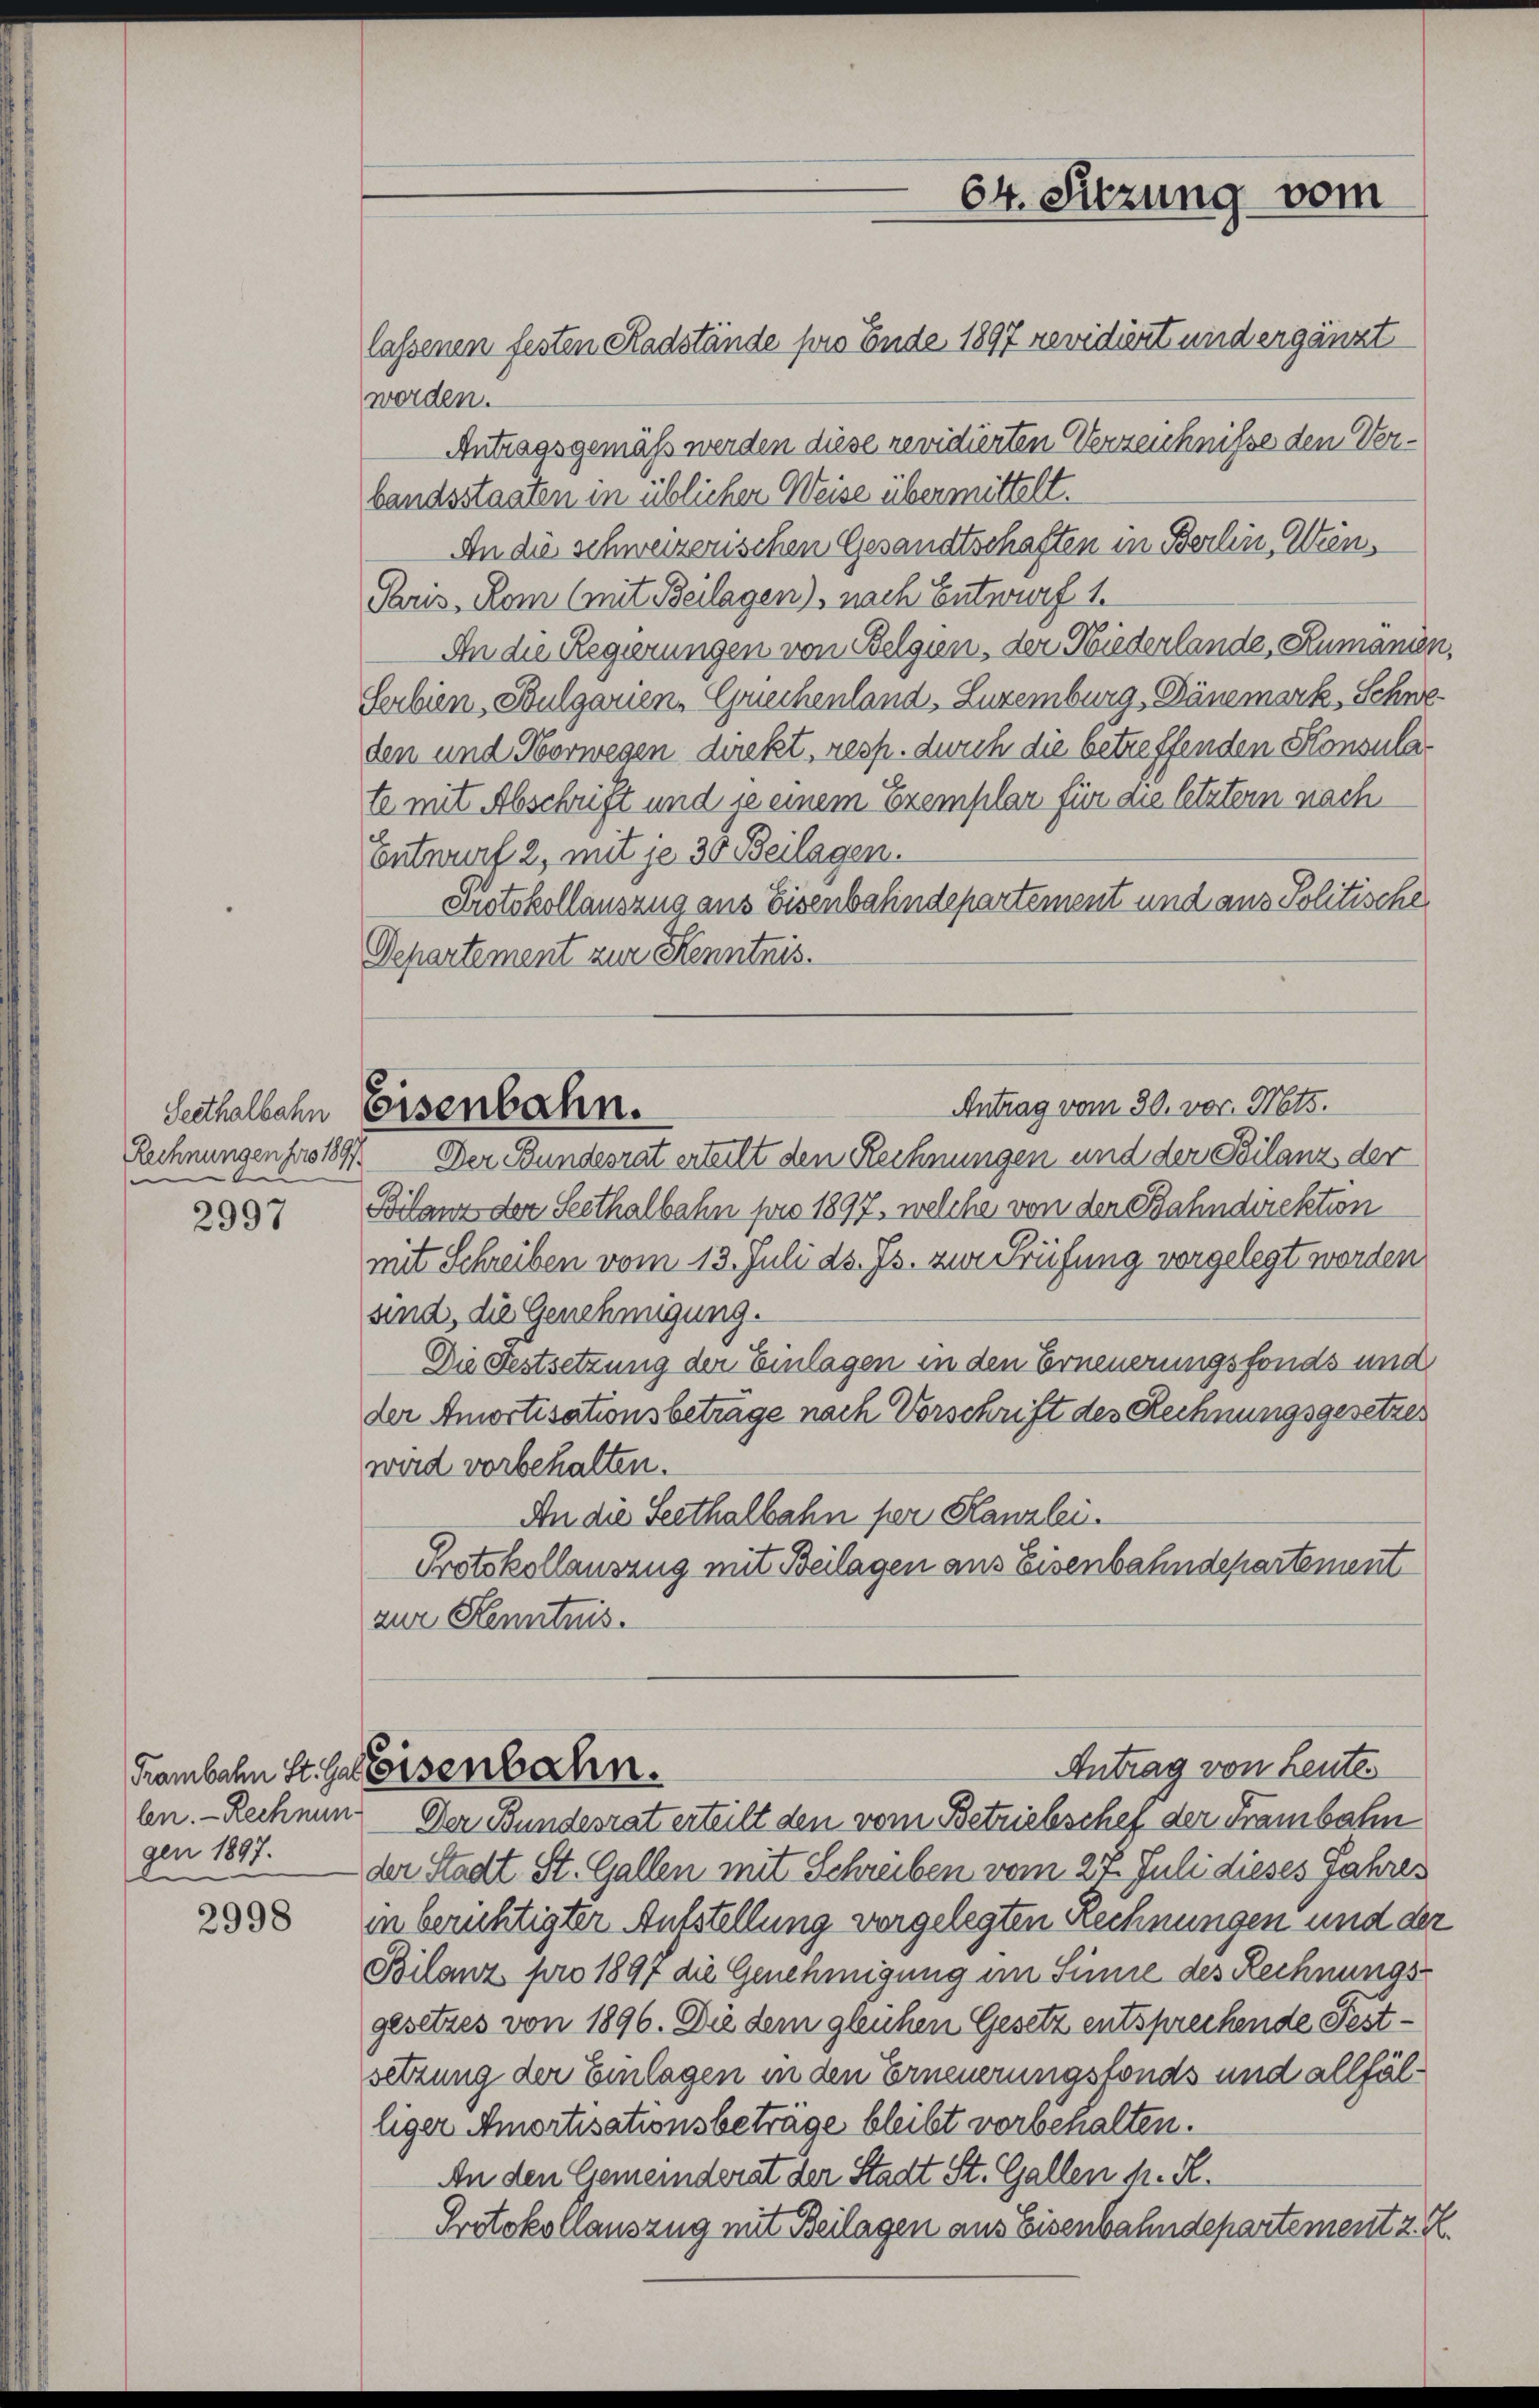
Seethalbahn
Rechnungen pro 1891.
6

2997

Frambahn St. Gal
len. - Rechnun
gen 1897.
e

2998

lassenen festen Radstände pro Ende 1897 revidiert und ergänzt
worden.
Antragsgemäß werden diese revidierten Verzeichnisse den Verbandsstaaten in üblicher Weise übermittelt.
An die schweizerischen Gesandtschaften in Berlin, Wien,
Paris, Rom (mit Beilagen) nach Entwurf 1.
An die Regierungen von Belgien, der Niederlande, Rumänier
Serbien, Bulgarien, Griechenland, Luzemburg, Bänemark, Schwe
den und Horwegen direkt, resp. durch die betreffenden Konsulate mit Abschrift und je einem Exemplar für die letztern nach
Entwurf 2, mit je 30 Beilagen.
Protokollauszug aus Eisenbahndepartement und aus Politische
Departement zur Kenntnis.
Antrag vom 30. vor. Mts.
Eisenbahn.
Der Bundesrat erteilt den Rechnungen und der Szilanz der
Bilanz der Seethalbahn pro 1897, welche von der Bahndirektion
mit Schreiben vom 13. Juli ds. Js. zur Prüfung vorgelegt werden
sind, die Genehmigung.
Die Festsetzung der Einlagen in den Erneuerungsfonds und
der Amortisationsbetrage nach Vorschrift des Rechnungsgesetzes
wird vorbehalten.
An die Seethalbahn per Kanzlei.
Protokollauszug mit Beilagen aus Eisenbahndepartement
zur Kenntnis.

Eisenbahn.

Der Bundesrat erteilt den vom Betriebschef der Franbahn
der Stadt St. Gallen mit Schreiben vom 27. Juli dieses Jahres
in berichtigter Antstellung vorgelegten Rechnungen und der
Bilanz pro 1897 die Genehmigung im Sinne des Rechnungsgesetzes von 1896. Die dem gleichen Gesetz entsprechende Festsetzung der Einlagen in den Erneuerungsfonds und allfälliger Amortisationsbeträge bleibt vorbehalten.
An den Gemeinderat der Stadt St. Gallen M. R.
Protokollauszug mit Beilagen aus Eisenbahndepartement z. K.

64. Sitzung vom

Antrag von Leute.